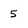
Character: 5